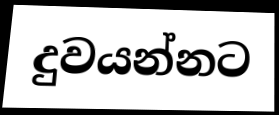
දුවයන්නට